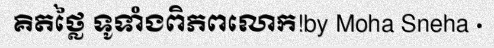
គិតថ្លៃ ទូទាំងពិភពលោក!by Moha Sneha ·